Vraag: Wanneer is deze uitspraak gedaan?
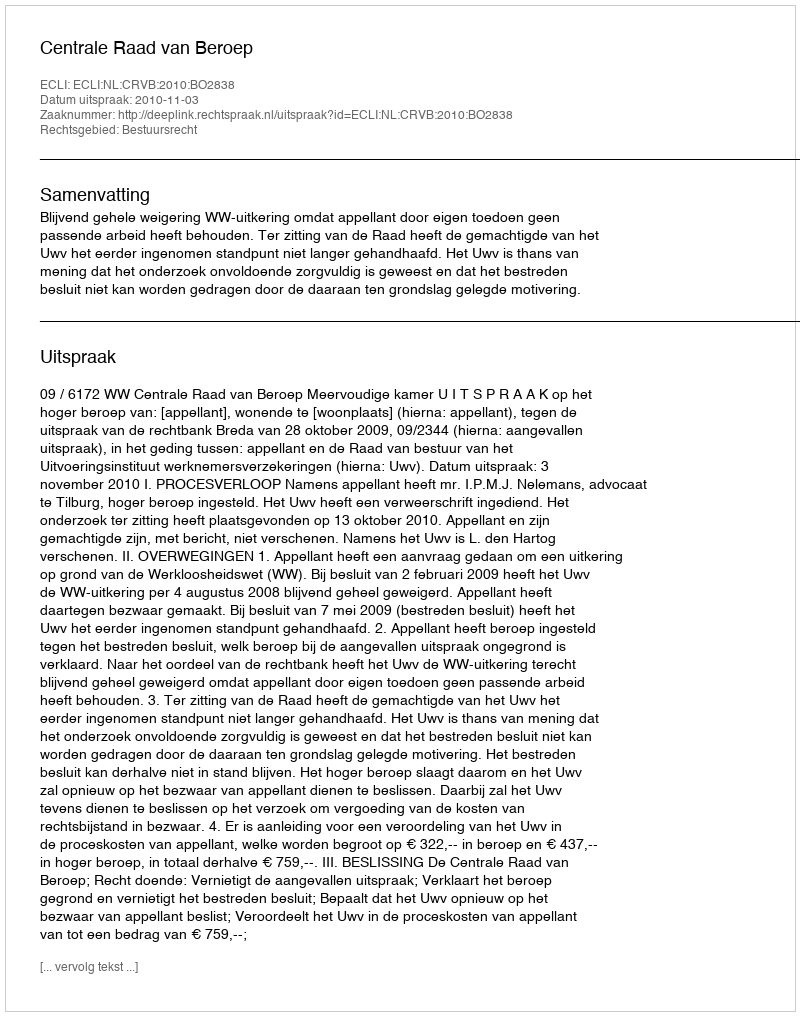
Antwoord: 2010-11-03